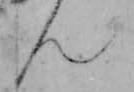
ん